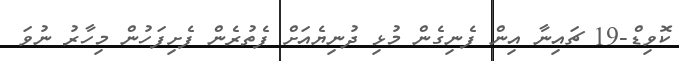
ކޮވިޑް-19 ޗައިނާ އިން ފެނިގެން މުޅި ދުނިޔެއަށް ފެތުރެން ފެށިފަހުން މިހާރު ނުވަ